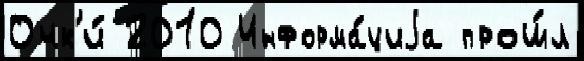
Очк'и́ 2010 Информа́циjа прош́л